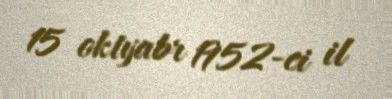
15 oktyabr 1952-ci il